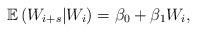
LaTeX: \begin{align*}\mathbb{E} \left( W_{i+s} | W_i \right)=\beta_0 +\beta_1 W_i ,\end{align*}